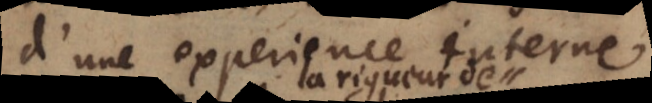
d’une experience interne.